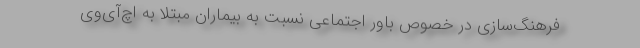
فرهنگ‌سازی در خصوص باور اجتماعی نسبت به بیماران مبتلا به اچ‌آی‌وی